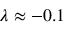
\lambda \approx - 0 . 1